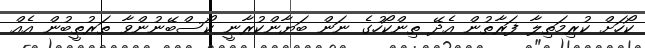
ކޯހަށް ކުރިމަތިލާ ފަރާތުން އެދޭ ތިންކޯހުގެ ނަން ބަޔާންކުރާނީ ކޯސްބޭނުންވާ ތަރުތީބުން އެއް